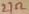
Text: 27Ω